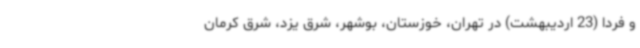
و فردا (23 اردیبهشت) در تهران، خوزستان، بوشهر، شرق یزد، شرق کرمان